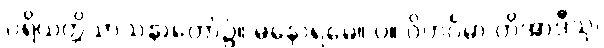
ပရိယတ္တိသာသနာတော်၌။ မနောရမေ။ ပ။ ဝိဟင်္ဂမာ တိအာဒီသု၊